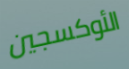
الأوكسجين